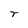
Character: r